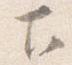
下